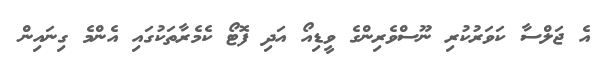
އެ ޖަލްސާ ކަވަރުކުރި ނޫސްވެރިންގެ ވީޑިއޯ އަދި ފޮޓޯ ކެމެރާތަކުގައި އެންމެ ގިނައިން